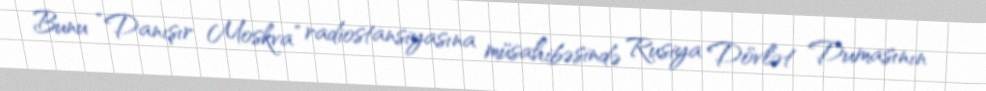
Bunu “Danışır Moskva” radiostansiyasına müsahibəsində Rusiya Dövlət Dumasının